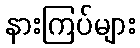
နားကြပ်များ